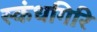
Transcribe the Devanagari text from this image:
स्‍कंधगिरि